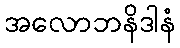
အလောဘနိဒါနံ